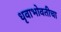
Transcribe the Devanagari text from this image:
धृवाभोवतीचा